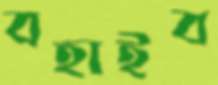
বহাইব